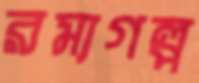
রম্যগল্প